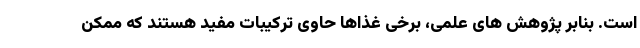
است. بنابر پژوهش های علمی، برخی غذاها حاوی ترکیبات مفید هستند که ممکن